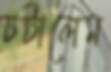
চটালেম